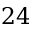
2 4